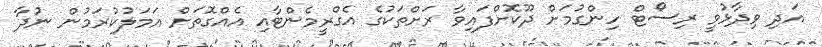
އަދި ވިދާޅުވީ ރިސޯޓް ހިންގުމަށް ދޫކޮށްފައިވާ ރަށްތަކުގެ އެގްރީމެންޓާއި އެއްގޮތަށް އަމަލުކުރަމުން ނުދާ